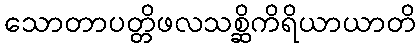
သောတာပတ္တိဖလသစ္ဆိကိရိယာယာတိ